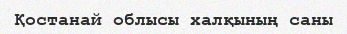
Қостанай облысы халқының саны